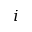
i